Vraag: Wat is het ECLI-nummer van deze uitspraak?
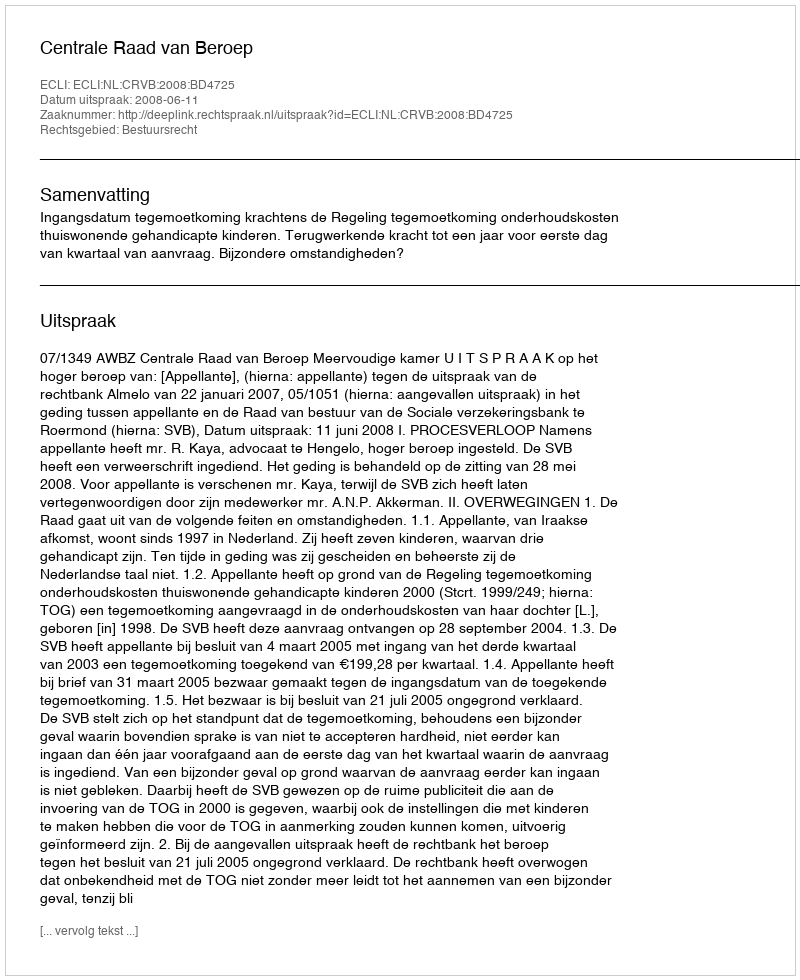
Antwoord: ECLI:NL:CRVB:2008:BD4725